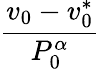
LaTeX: \frac{v_{0}-v_{0}^{*}}{P_{0}^{\alpha}}